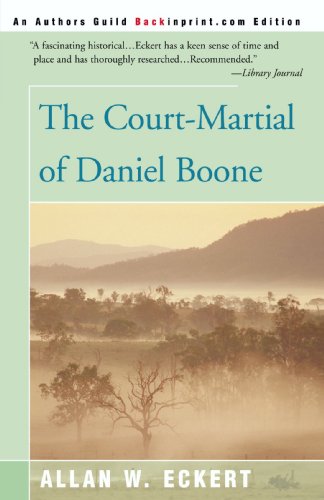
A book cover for The Court-Martial of Daniel Boone; Allan W. Eckert; Teen & Young Adult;